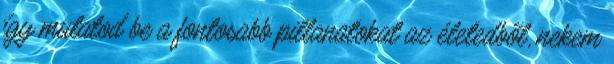
így mutatod be a fontosabb pillanatokat az életedből, nekem